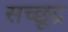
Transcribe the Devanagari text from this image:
सच्छूद्र